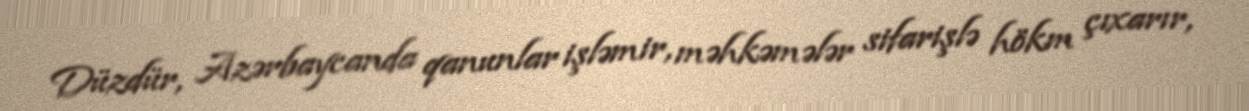
Düzdür, Azərbaycanda qanunlar işləmir, məhkəmələr sifarişlə hökm çıxarır,